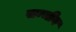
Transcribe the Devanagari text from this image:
सन्जीव